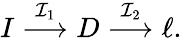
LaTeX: I\stackrel{{\mathcal{I}}_{1}}{\longrightarrow}D\stackrel{{\mathcal{I}}_{2}}{\longrightarrow}\ell.